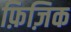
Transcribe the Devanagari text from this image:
फ़िज़िक